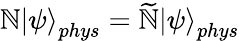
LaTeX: \mathbb{N}\left|\psi\right\rangle_{phys}=\widetilde{{\mathbb{N}}}\left|\psi\right\rangle_{phys}